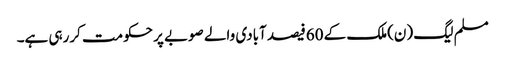
مسلم لیگ (ن)ملک کے 60فیصد آبادی والے صوبے پر حکومت کررہی ہے۔